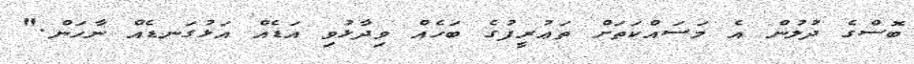
ބޮސްގެ ދުލުން އެ މަސައްކަތަށް ތަޢުރީފުގެ ބަހެއް ވިދާޅުވި އަޑެއް އަޅުގަނޑެއް ނާހަން."